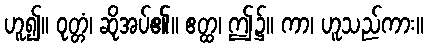
ဟူ၍။ ဝုတ္တံ၊ ဆိုအပ်၏။ ဧတ္ထ၊ ဤ၌။ ကာ၊ ဟူသည်ကား။